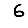
Digit: 6